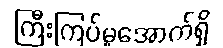
ကြီးကြပ်မှုအောက်ရှိ